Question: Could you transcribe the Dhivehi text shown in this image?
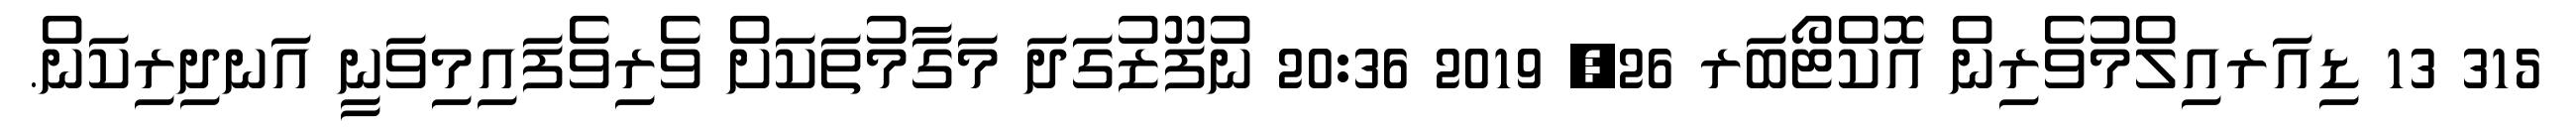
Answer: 315 13 ޑިއަރއިލްމުވެރިން އޮކްޓޯބަރ 26, 2019 20:36 ނުފޫޒުގަދަ މަގާމުތަކަށް ވެރިވެފައިމިވަނީ އަނދިރިކަން.